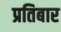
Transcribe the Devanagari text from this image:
प्रतिबार